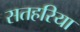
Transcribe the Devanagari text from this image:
सतहरिया